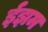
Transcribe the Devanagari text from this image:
ईझम